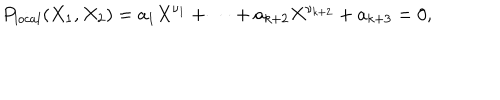
P _ { l o c a l } ( X _ { 1 } , X _ { 2 } ) = a _ { 1 } X ^ { \nu _ { 1 } } + \cdots + a _ { k + 2 } X ^ { \nu _ { k + 2 } } + a _ { k + 3 } = 0 ,